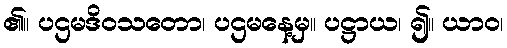
၏။ ပဌမဒိဝသတော၊ ပဌမနေ့မှ။ ပဋ္ဌာယ၊ ၍။ ယာဝ၊